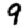
Digit: 9